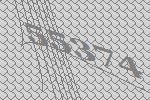
55374